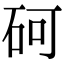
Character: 砢